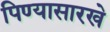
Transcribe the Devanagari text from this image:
पिण्यासारखे